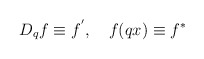
\begin{align*}D_{q}f\equiv f^{^{\prime }},\quad f(qx)\equiv f^{\ast }\end{align*}